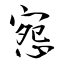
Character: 惌